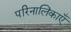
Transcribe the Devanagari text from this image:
परिनालिकाएँ